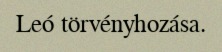
Leó törvényhozása.